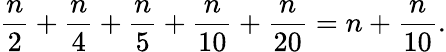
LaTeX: {\frac{n}{2}}+{\frac{n}{4}}+{\frac{n}{5}}+{\frac{n}{10}}+{\frac{n}{20}}=n+{\frac{n}{10}}.